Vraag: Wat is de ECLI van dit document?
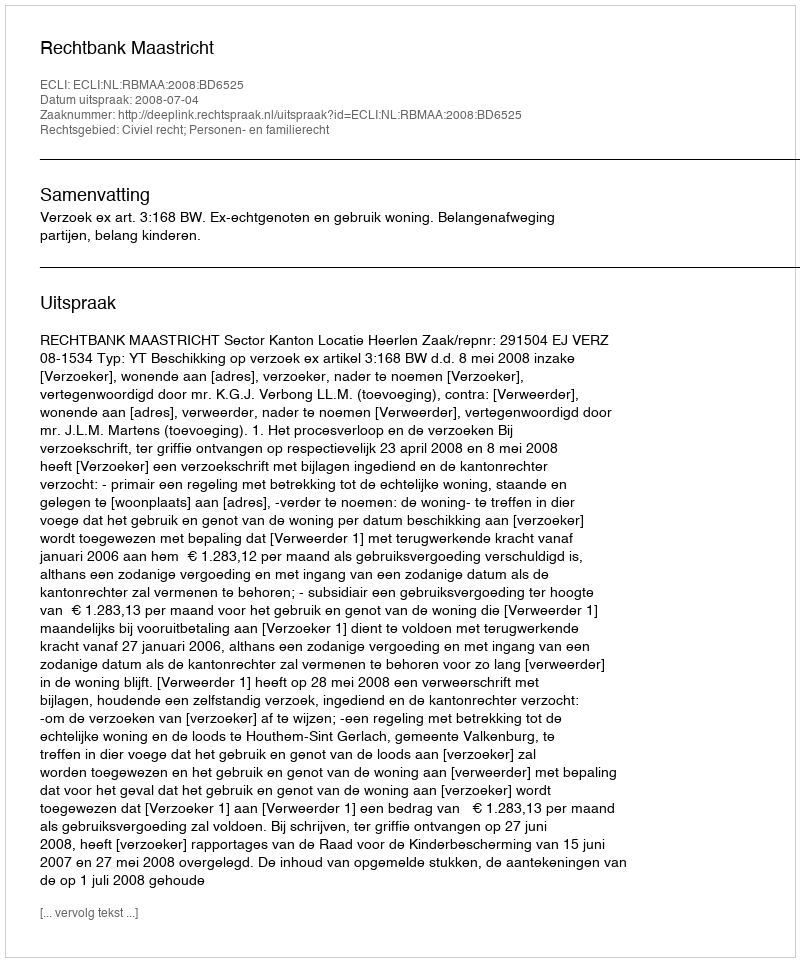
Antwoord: ECLI:NL:RBMAA:2008:BD6525